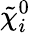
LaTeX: {\tilde{\chi}}_{i}^{0}